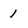
Character: 1